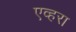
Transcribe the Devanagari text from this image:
एव्हरा